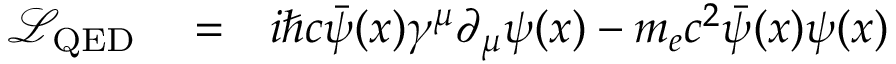
\begin{array} { r } { \begin{array} { r l r } { \mathcal { L } _ { \mathrm { Q E D } } } & { { } = } & { i \hbar c \bar { \psi } ( x ) \gamma ^ { \mu } \partial _ { \mu } \psi ( x ) - m _ { e } c ^ { 2 } \bar { \psi } ( x ) \psi ( x ) } \end{array} } \end{array}